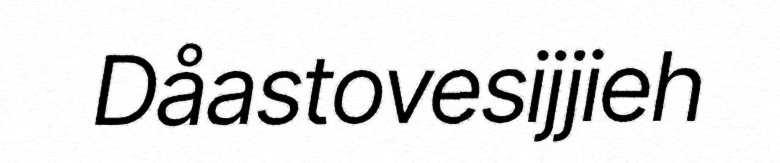
Dåastovesijjieh